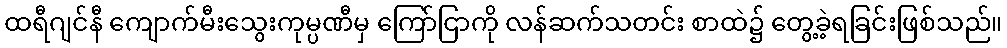
ထရီဂျင်နီ ကျောက်မီးသွေးကုမ္ပဏီမှ ကြော်ငြာကို လန်ဆက်သတင်း စာထဲ၌ တွေ့ခဲ့ရခြင်းဖြစ်သည်။